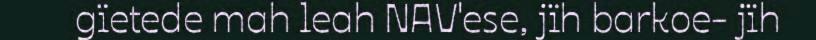
gïetede mah leah NAV'ese, jïh barkoe- jïh